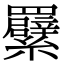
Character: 𦍁